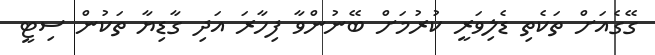
ގޭގެއަށް ތަކެތި ޑެލިވަރީ ކުރުމަށް ބޭނުންވާ ފިހާރަ އަދި ގާޑިޔާ ތަކުން ސިޓީ